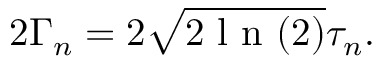
2 \Gamma _ { n } = 2 \sqrt { 2 \textrm { l n } ( 2 ) } \tau _ { n } .